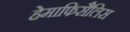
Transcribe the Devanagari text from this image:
हेमाफिसैलिस